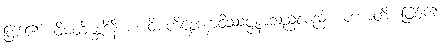
ဖြစ်၏။ ဝိမတိစ္ဆေဒိနီ စ၊ ဝိမတိစ္ဆေဒနာဝိဿဇ္ဇနာသည်လည်း။ ဟောတိ၊ ဖြစ်၏။